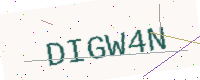
Text: DIGW4N